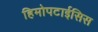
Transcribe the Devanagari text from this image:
हिमोपटाईसिस